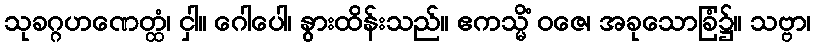
သုခဂ္ဂဟဏေတ္ထံ၊ ငှါ။ ဂေါပေါ၊ နွားထိန်းသည်။ ဧကသ္မိံ ဝဇေ၊ အခုသောခြံ၌။ သဗ္ဗာ၊